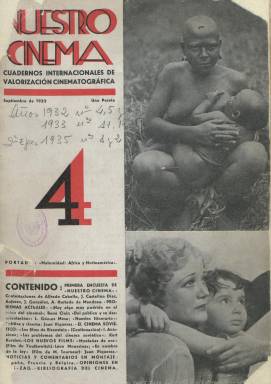
Título: Nuestro cinema
Colección: Cine
Ámbito geográfico: Francia
Lugar de publicación: París
Fechas: 01/09/1932-28/02/1935

Revista considerada como la primera plataforma cinematográfica de la izquierda marxista española, fundada y dirigida desde París por uno de los más extraordinarios críticos y ensayistas cinematográficos españoles, portavoz del cine soviético y revolucionario e impulsor de los cine-clubes proletarios españoles, Juan Piqueras (1904-1936). Esta Publicación hay que situarla en el marco político y social de la II República española –y sobre todo en su bienio negro- para poder entender su nacimiento y significación, pues representó una “autoridad” sobre los sectores, principalmente juveniles, preocupados por el cine de contenidos sociales, a juicio de Carlos y David Pérez Merinero, que en 1975 publicaron una antología y estudio de la misma bajo el título Del cinema como arma de clase. Calificada como la mejor revista de teoría y crítica cinematográfica de la época republicana y de inequívoca filiación antiburguesa, proletaria y comunista, su primer número aparece en junio de 1932 y, en su primera etapa, publica trece entregas, hasta octubre de 1933, impresas en Barcelona. Reaparece en enero de 1935, indicando “segunda época”, publicando cuatro números, hasta agosto de este año, siendo impresos en Madrid y Sevilla. Siendo mensual, publicará varios números bimensuales. Su colección en la Biblioteca Nacional de España está incompleta.

Piqueras había sido ya corresponsal de Popular film (1926-1937), colaborador del diario El Sol (1917-1939) y el último que se había ocupado de la sección de cine en La gaceta literaria (1927-1932); era amigo de Rafael Alberti, Federico García Lorca o Luis Buñuel, entre otros miembros de la Generación del 27, y estando de corresponsal cinematográfico en París de varios diarios y publicaciones especializadas, al tiempo que seleccionador de material para la distribuidora española Proa Filmófono, editará esta revista, como la “primera publicación que ha reconocido un valor social al cinema y la única que estudia, comenta, analiza y exalta sus posibilidades creadoras”, se dirá de ella; que informará sobre los nuevos filmes, los problemas actuales del cinema, la intervención política y financiera en su producción, sobre el cine social o el soviético, y será ajena a los gabinetes de publicidad de las productoras cinematográficas. En la revista, el cine será considerado como un fenómeno educador de las masas y se defenderá, desde el punto de vista artístico, el naturalismo como expresión última del realismo socialista (Iván Tubau: 1983). Su subtítulo, “cuadernos internacionales de valorización cinematográfica”, será modificado, en el número 13, por: “cuadernos internacionales de defensa del cine proletario”.

Para Piqueras, el cine social y proletario había nacido con S.M. Eisenstein, W. Pudowkin o Alejandro Room, y se había prolongado con el de Alejandro Dowjenko, Nicolay Ek o Oturin, y junto al también escritor comunista César Muñoz Arconada y Antonio del Amo Algara, marcará la línea proletaria, más a la izquierda y pro-soviética de la revista. Este último acusará a Popular film (julio de 1933) de haber publicado una semblanza panegírica del Ministerio de Propaganda nazi y de Goebbels, aparecida en un artículo de su corresponsal en Berlín (Santiago Laporta). También será fundada la Asociación de Amigos de Nuestro Cinema, para salvarla de sus dificultades económicas, de la censura y el boicot a su distribución, en la que también participan Sánchez Bustillo (secretario), Rafael Alberti, Joaquín Arderius, Alfredo Cabello, Antonio Olivares, Emilio Prados, José Plá y Beltrán, Josep Renau, José Castellón Díaz, Irene Falcón, María Teresa León o Ramón J. Sender, entre otros. Asimismo, organizará el Cineclub Studio Nuestro Cinema, donde se proyectarán películas como el documental Las Hurdes (1932), de Buñuel, e impulsará la Federación Española de Cineclubs Proletarios. En su segunda época, Antonio del Amo asumirá la dirección nacional de la revista en Madrid, y en Sevilla será su administrador general J. Fuentes Calderas.

En las páginas de la revisa –en contra de lo que sucedía en las demás publicaciones cinematográficas- no va haber sitio para la glorificación del firmamento estelar hollywodiense, ni por supuesto del estrellato español, tal como advierte Aranzubia Cob (2003). Es por ello, que las fotografías insertadas en las portadas de la revista serán ocupadas por escenas, directores o actores de filmes soviéticos o de documentales del tercer mundo. También insertará caricaturas de dibujantes españoles y extranjeros.

Como revista que intelectualiza el fenómeno cinematográfico, desde una posición artístico-política y marxista, publica textos teóricos y críticos, comentarios a películas bajo criterios ideológicos, encuestas y entrevistas. Tiene secciones como Editoriales, Problemas actuales, El cinema soviético, Los nuevos films (de España, Francia, Alemania, Estados Unidos, Austria, Italia, Inglaterra, URSS, China, México, Polonia, Argentina, Suecia, Holanda o Inglaterra), Noticias y comentarios en montaje, El cinema en la guerra, Opiniones en zig-zag, Historiografía (en donde Piqueras lleva a cabo la primera aproximación histórica crítica de la cinematografía española y mundial, desde sus inicios) o Bibliografía y revistas del cinema.

Así, en su sección Encuesta se recogerán las declaraciones sobre el cine de Luis Gómez de Mesa, Rafael Gil, Manuel Villegas López, Augusto Isern, J.G. de Ubieta, Alfredo Antonino, Alfredo Cabello, J. Castellón Díaz, J. González, A. Hurtado de Mendoza, Fernando G. Mantilla, Juan M. Plaza, Alfredo Marqueríe, Ramón Suárez Picallo, Felipe Gil, Pedro Sánchez Diana, A. Casinos Guillén, R. Marinello Roca, J. Gómez Ibáñez, V. María García Arenal, Carlos P. Llopart, Luis M. Serrano, S. Gómez Gutiérrez, Manuel Picando, L. Bau-Bonaplata, M. Villalta Faura, Benjamín Jarnés, Francisco Ayala, Antonio Espina, Federico García Lorca o Ramón J. Sender.

Además de Piqueras, que firmará muchos de sus editoriales y críticas a las películas, y de los ya citados Arconada y Del Amo, en Nuestro cinema aparecen textos firmados por Rafael Gil, Luis Gómez Mesa, Samuel Ros, René Clair, I. Anissinov, Léon Moussinac, Georges Méliès, Alfredo Serrano, Carlos Serrano de Osma, Manuel Villegas López, Henri Menahem, Josep Renau, Ramón J. Sender, Joris Ivens, Ángel Rosenblat, Antonio Blanca, A.V. Lunatcharsky, S.M. Eisenstein, José Luis Velázquez, José Castellón Díaz, Antonio Olivares, Juan M. Plaza, Kurt Keresten, Luisa Lacoley, G. Liss, Julián Antonio Ramírez, Aniceto Fernández Armayor, Agustín Aragón Leiva, A. Kraszna Krausz, Augusto Ysern, E. Arnoldi o Tony Román.

Sobre la muerte de Piqueras, que también escribirá en las publicaciones comunistas Mundo obrero (1930) y Octubre (1933-1934) y en la también izquierdista Nueva cultura (1935-1937), existen dos versiones. Según Gubern, fue ejecutado por los fascistas y, según Vizcaíno Casas, falleció a consecuencia de una peritonitis (Caparrós Lera: 1981). Además de las referencias ya expresadas, Juan Manuel Llopis es autor de dos volúmenes sobre Piqueras, editados por la Filmoteca de la Generalitat Valenciana en 1988. Otras referencias se encuentran en Egido León (1988) Hernández Eguíluz (1994-1995), Goberna (2001), Ramos Ortega (2002), Gonzalo Santoja (2004) o Lisa Jarvinen (2012).